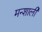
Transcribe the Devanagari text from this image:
मन्शाली